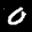
Label: 0